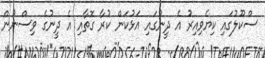
ސްކޫލުގައި ކިޔެވިއިރު އެ ދީނުގައި އަޅުކަން ކުރާ ގޮތާއި އެ ދީނުގެ ވިސްނުން